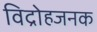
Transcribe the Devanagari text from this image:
विद्रोहजनक